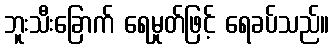
ဘူးသီးခြောက် ရေမှုတ်ဖြင့် ရေခပ်သည်။